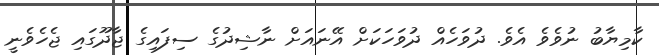
ކާމިޔާބު ނުވެވެ އެވެ. ދުވަހެއް ދުވަހަކަށް އޭނައަށް ނާޝިދުގެ ސިފައިގެ ޖާދޫގައި ޖެހެވެނީ